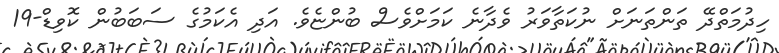
ހިދުމަތްދޭ ތަންތަނަށް ނުކަތާވަރު ވެދާނެ ކަމަށްވެސް ބުންޏެވެ. އަދި އެކަމުގެ ސަބަބުން ކޮވިޑް-19